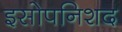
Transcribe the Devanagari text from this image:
इसोपनिशद